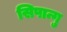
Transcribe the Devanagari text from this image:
सिपान्गु